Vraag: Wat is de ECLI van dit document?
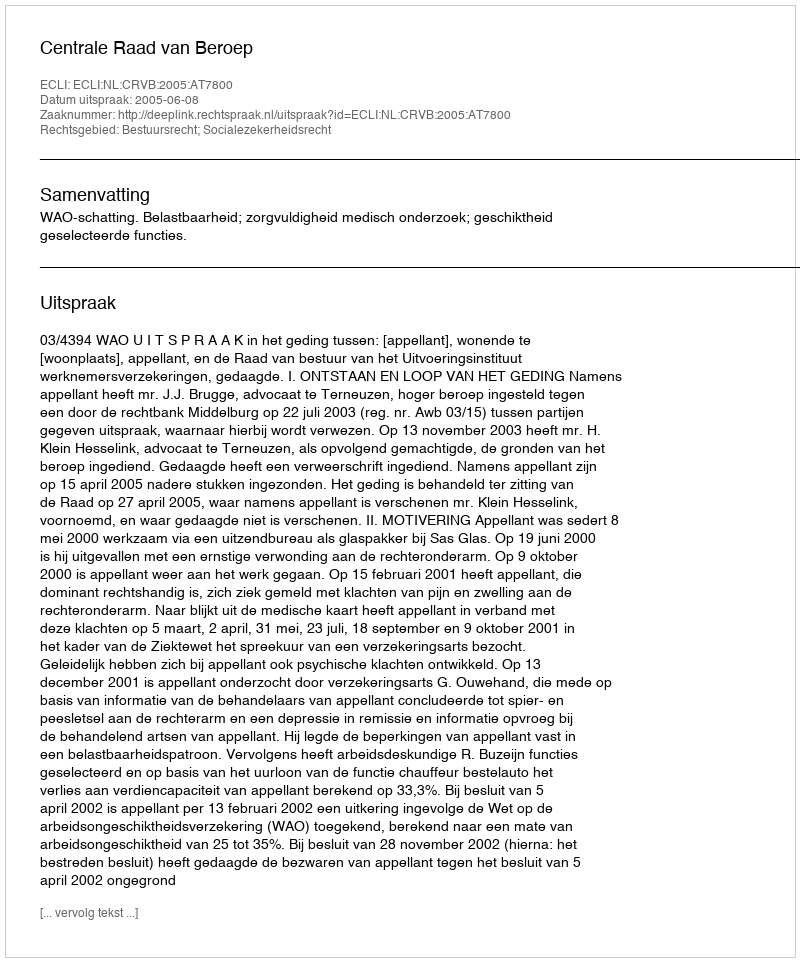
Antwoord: ECLI:NL:CRVB:2005:AT7800